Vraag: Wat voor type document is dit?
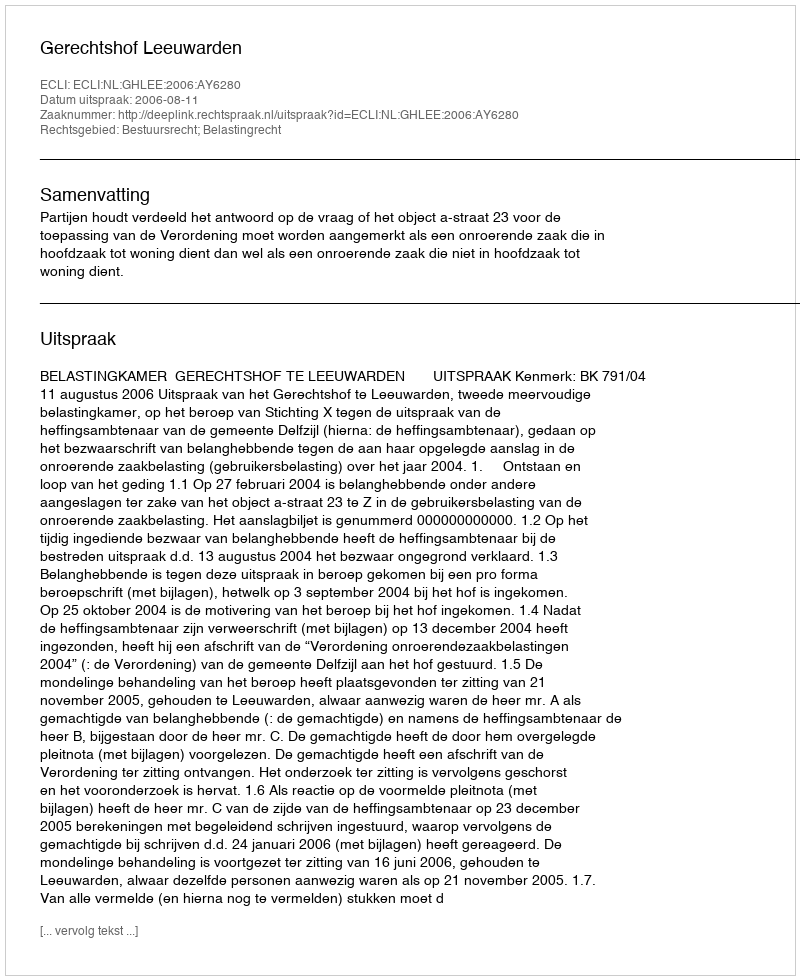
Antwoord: Uitspraak